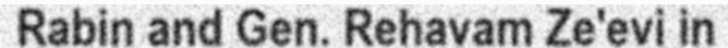
Rabin and Gen. Rehavam Ze'evi in